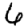
Digit: 6